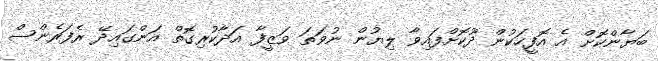
ބަޔާންކޮށް އެ އޮފީހަކުން ދޫކޮށްފައިވާ ލިޔުން ނުވަތަ ވަޒީފާ އަދާކުރިގޮތް އަންގައިދޭ ރެފަރެންސް